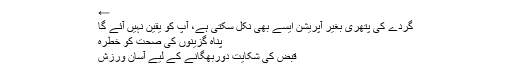
←
گردے کی پتھری بغیر آپریشن ایسے بھی نکل سکتی ہے، آپ کو یقین نہیں آئے گا
پناہ گزینوں کی صحت کو خطرہ
قبض کی شکایت دوربھگانے کے لیے آسان ورزش